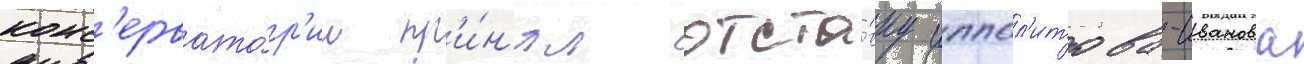
конс'ервато́р'ии пр'и́н'ял отста́вку иппол'итова-иванова